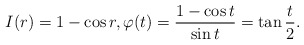
\begin{align*}I(r) = 1- \cos r, \varphi(t) = \frac{1-\cos t}{\sin t} = \tan \frac{t}{2}. \end{align*}